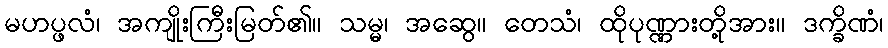
မဟပ္ဖလံ၊ အကျိုးကြီးမြတ်၏။ သမ္မ၊ အဆွေ။ တေသံ၊ ထိုပုဏ္ဏားတို့အား။ ဒက္ခိဏံ၊